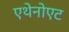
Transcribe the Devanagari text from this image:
एथेनोएट